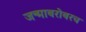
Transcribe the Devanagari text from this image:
जन्माबरोबरच